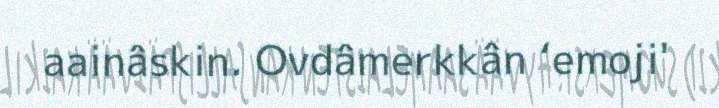
aainâskin. Ovdâmerkkân ‘emoji'